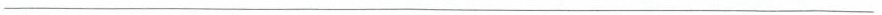
___